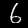
Digit: 6